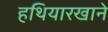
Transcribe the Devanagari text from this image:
हथियारखाने